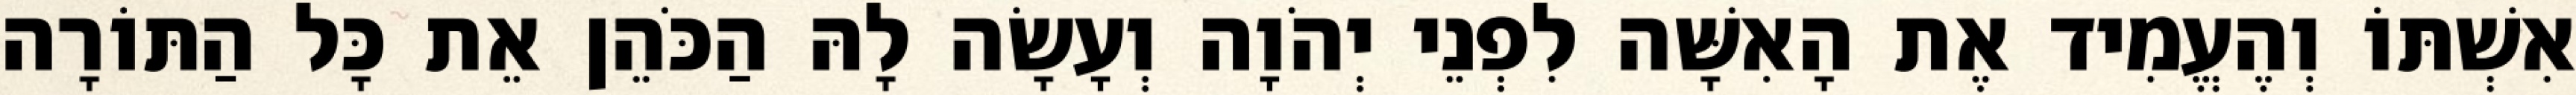
אִשְׁתּוֹ וְהֶעֱמִיד אֶת הָאִשָּׁה לִפְנֵי יְהֹוָה וְעָשָׂה לָהּ הַכֹּהֵן אֵת כָּל הַתּוֹרָה